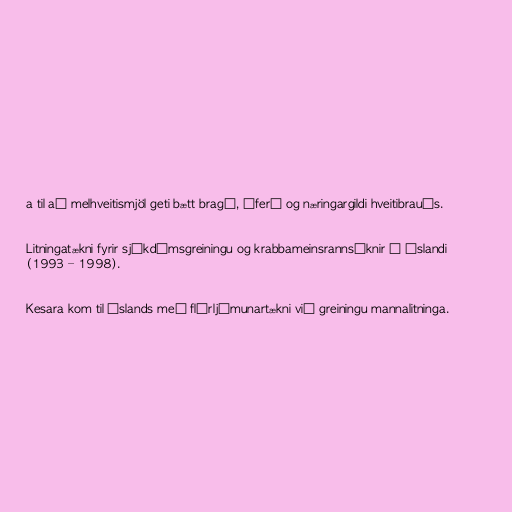
a til að melhveitismjöl geti bætt bragð, áferð og næringargildi hveitibrauðs.

Litningatækni fyrir sjúkdómsgreiningu og krabbameinsrannsóknir á Íslandi
(1993 – 1998).

Kesara kom til Íslands með flúrljómunartækni við greiningu mannalitninga.